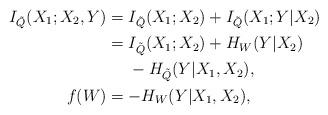
LaTeX: \begin{align*}I_{\tilde{Q}}(X_1;X_2,Y) &= I_{\tilde{Q}}(X_1;X_2)+I_{\tilde{Q}}(X_1;Y|X_2)\\&= I_{\tilde{Q}}(X_1;X_2)+H_W(Y|X_2)\\&\ \ \ \ -H_{\tilde{Q}}(Y|X_1,X_2),\\f(W)& = -H_W(Y|X_1,X_2),\end{align*}